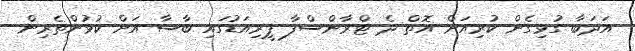
އަދަބާ ގުޅިގެން ކުރިއަށް އޮތް ދެ ޓްރާންސްފާ ޕީރިއަޑުގައި ބާސާ އަށް ކުޅުންތެރިން